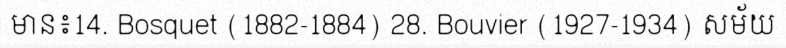
មាន៖14. Bosquet (1882-1884) 28. Bouvier (1927-1934) សម័យ